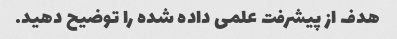
هدف از پیشرفت علمی داده شده را توضیح دهید.